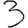
Digit: 3